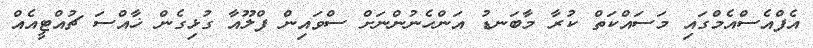
އެފްއެސްއެމްގައި މަސައްކަތް ކުރާ މާބަނޑު އަންހެނުންނަށް ސްވައިން ފްލޫއާ ގުޅިގެން ޚާއްސަ ޗުއްޓީއެއް